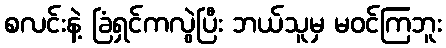
စလင်းနဲ့ ခြံရှင်ကလွဲပြီး ဘယ်သူမှ မဝင်ကြဘူး